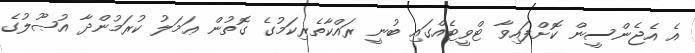
އެ އެޖެންސީން ކޮށްފައިވާ ޓްވީޓެއްގައި ބުނީ ރައްކާތެރިކަމުގެ ގޮތުން ޢަމަލު ކުރަމުންދާ އުޞޫލުގެ